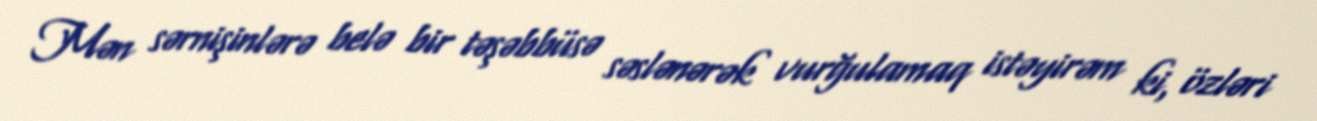
Mən sərnişinlərə belə bir təşəbbüsə səslənərək vurğulamaq istəyirəm ki, özləri